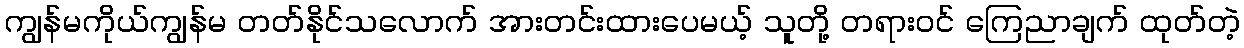
ကျွန်မကိုယ်ကျွန်မ တတ်နိုင်သလောက် အားတင်းထားပေမယ့် သူတို့ တရားဝင် ကြေညာချက် ထုတ်တဲ့